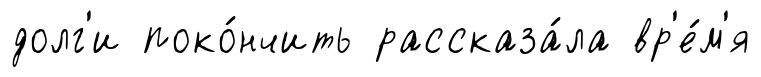
долг'и поко́нчить рассказа́ла вр'е́м'я